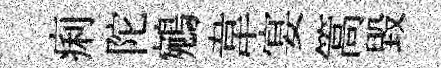
痢陀鵷韋宴篙毀